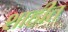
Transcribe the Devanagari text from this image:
शाहीत